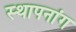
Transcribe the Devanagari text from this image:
स्थापनांग